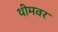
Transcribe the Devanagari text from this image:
थीमवर